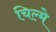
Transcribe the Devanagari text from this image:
चिल्मे